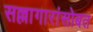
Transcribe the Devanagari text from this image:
सल्लागारांसोबत